Punjab Mental Hospital Lahore 1932-46 - 1932-1946
Year: 1932
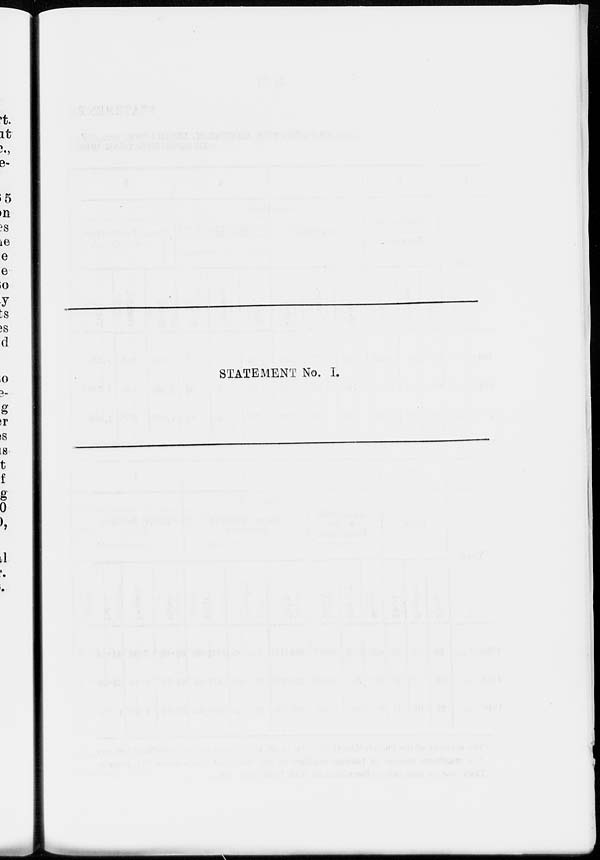
STATEMENT No. I.